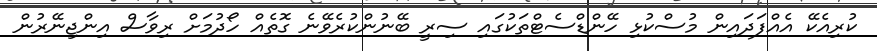
ކުރިއެކޭ އެއްފަދައިން މުސްކުޅި ހޭންޑްސެޓްތަކުގައި ސިރީ ބޭނުންކުރެވޭނެ ގޮތެއް ހޯދުމަށް ރިވާސް އިންޖިނޭރުން